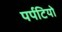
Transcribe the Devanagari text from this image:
पर्पटियो